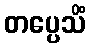
တပ္ပေသိံ